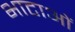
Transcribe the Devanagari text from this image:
भाटाओं